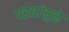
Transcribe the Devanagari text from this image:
पडद्यांमुळे